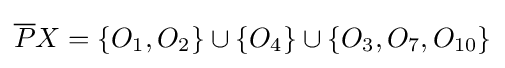
{\overline {P}}X=\{O_{1},O_{2}\}\cup \{O_{4}\}\cup \{O_{3},O_{7},O_{10}\}